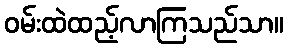
ဝမ်းထဲထည့်လာကြသည်သာ။